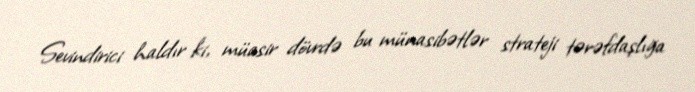
Sevindirici haldır ki, müasir dövrdə bu münasibətlər strateji tərəfdaşlığa